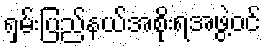
ရှမ်းပြည်နယ်အစိုးရအဖွဲ့ဝင်